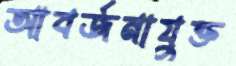
আবর্জনাযুক্ত